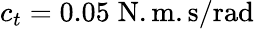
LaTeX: c_{t}=0.05\; \mathrm{N.m.s/rad}